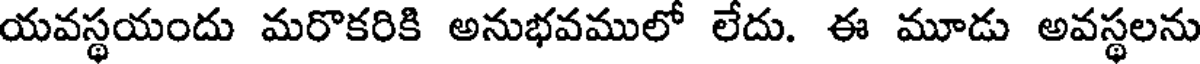
యవస్థయందు మరొకరికి అనుభవములో లేదు. ఈ మూడు అవస్థలను